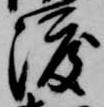
渡